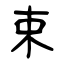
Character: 束